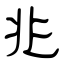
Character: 兆